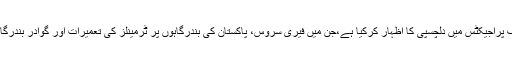
تفصیلات کے مطابق ملائیشین وفد نے پاکستان کے دورہ کے موقع پر گوادر پورٹ پر مختلف پراجیکٹس میں دلچسپی کا اظہار کرکیا ہے،جن میں فیری سروس، پاکستان کی بندرگاہوں پر ٹرمینلز کی تعمیرات اور گوادر بندرگاہ کو فری انڈسٹری کیلئے فری زون بنانے میں مدد کرنے میں بھی دلچسپی کا اظہار کیا ہے۔